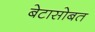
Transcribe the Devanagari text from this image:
बेटासोबत